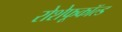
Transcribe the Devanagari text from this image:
रोशेफूकॉल्ड